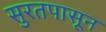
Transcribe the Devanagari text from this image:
सुरतपासून